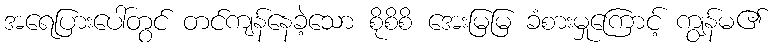
အရေပြားပေါ်တွင် တင်ကျန်နေခဲ့သော စိုစိစိ အေးမြမြ ခံစားမှုကြောင့် ကျွန်မ၏